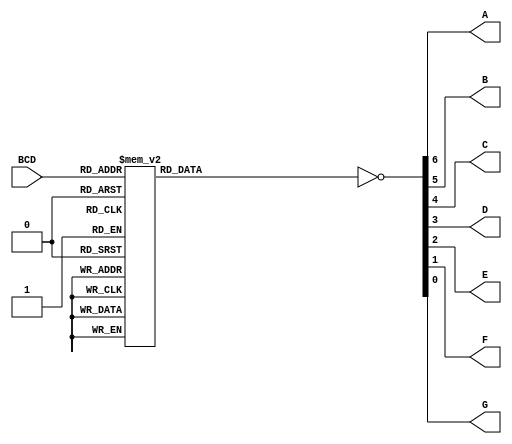
module display(
		input      [3:0] BCD,
		output wire 		 A,
		output wire 		 B,
		output wire 		 C,
		output wire 		 D,
		output wire 		 E,
		output wire 		 F,
		output wire 		 G
	);

	reg [6:0] SevenSeg;

	always @(*)
	case(BCD)
		4'h0:    SevenSeg = 8'b1111110;
		4'h1:    SevenSeg = 8'b0110000;
		4'h2:    SevenSeg = 8'b1101101;
		4'h3:    SevenSeg = 8'b1111001;
		4'h4:    SevenSeg = 8'b0110011;
		4'h5:    SevenSeg = 8'b1011011;
		4'h6:    SevenSeg = 8'b1011111;
		4'h7:    SevenSeg = 8'b1110000;
		4'h8:    SevenSeg = 8'b1111111;
		4'h9:    SevenSeg = 8'b1111011;
		default: SevenSeg = 8'b0000000;
	endcase

	assign {A, B, C, D, E, F, G} = ~SevenSeg;

endmodule